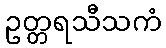
ဥတ္တရသီသကံ